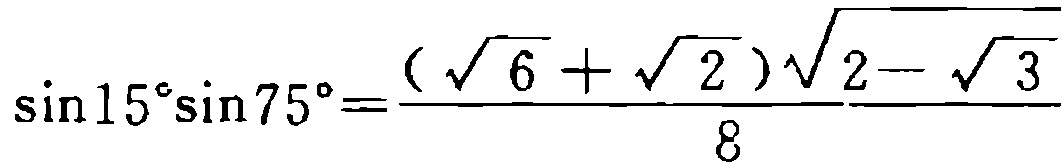
\(\sin 15^{\circ}\sin 75^{\circ}=\frac{(\sqrt{6}+\sqrt{2})\sqrt{2 - \sqrt{3}}}{8}\)